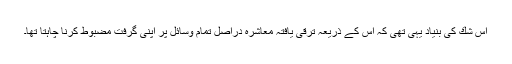
اس شك كی بنیاد یہی تھی كہ اس كے ذریعہ ترقی یافتہ معاشرہ دراصل تمام وسائل پر اپنی گرفت مضبوط كرنا چاہتا تھا۔